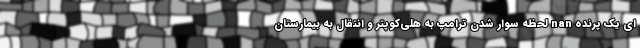
ای یک پرنده nan لحظه سوار شدن ترامپ به هلی‌کوپتر و انتقال به بیمارستان